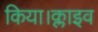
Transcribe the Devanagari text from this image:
किया।क्लाइव